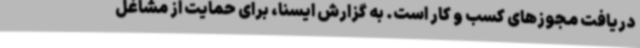
دریافت مجوزهای کسب و کار است. به گزارش ایسنا، برای حمایت از مشاغل